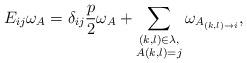
LaTeX: \begin{align*}E_{ij}\omega_A=\delta_{ij}\frac{p}{2}\omega_A+\sum_{\substack{(k,l)\in\lambda,\\ A(k,l)=j}} \omega_{A_{(k,l)\to i}},\end{align*}